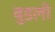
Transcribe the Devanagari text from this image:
बुडली